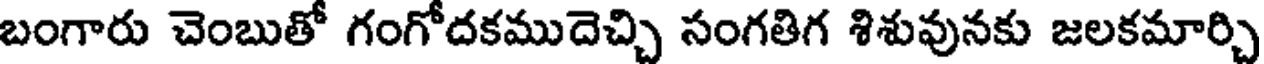
బంగారు చెంబుతో గంగోదకముదెచ్చి సంగతిగ శిశువునకు జలకమార్చి